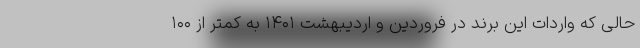
حالی که واردات این برند در فروردین و اردیبهشت ۱۴۰۱ به کمتر از ۱۰۰